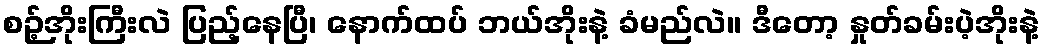
စဉ့်အိုးကြီးလဲ ပြည့်နေပြီ၊ နောက်ထပ် ဘယ်အိုးနဲ့ ခံမည်လဲ။ ဒီတော့ နှုတ်ခမ်းပဲ့အိုးနဲ့